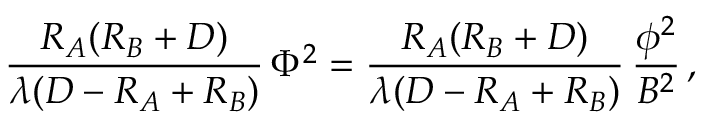
{ \frac { R _ { A } ( R _ { B } + D ) } { \lambda ( D - R _ { A } + R _ { B } ) } } \, \Phi ^ { 2 } = { \frac { R _ { A } ( R _ { B } + D ) } { \lambda ( D - R _ { A } + R _ { B } ) } } \, { \frac { \phi ^ { 2 } } { B ^ { 2 } } } \, ,